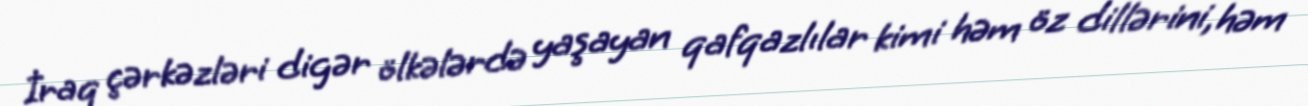
İraq çərkəzləri digər ölkələrdə yaşayan qafqazlılar kimi həm öz dillərini, həm